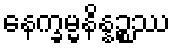
နေက္ခမ္မနိန္နဉ္စဿ